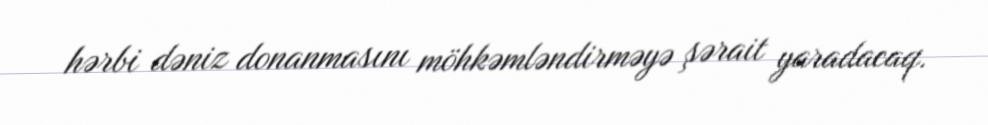
hərbi dəniz donanmasını möhkəmləndirməyə şərait yaradacaq.